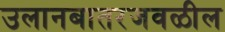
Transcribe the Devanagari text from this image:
उलानबातरजवळील